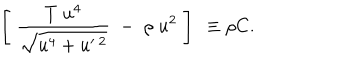
\left[ \; \frac { T \; u ^ { 4 } } { \sqrt { u ^ { 4 } + u ^ { \prime \ 2 } } } \; - \; \rho \; u ^ { 2 } \; \right] \ \equiv \rho C .